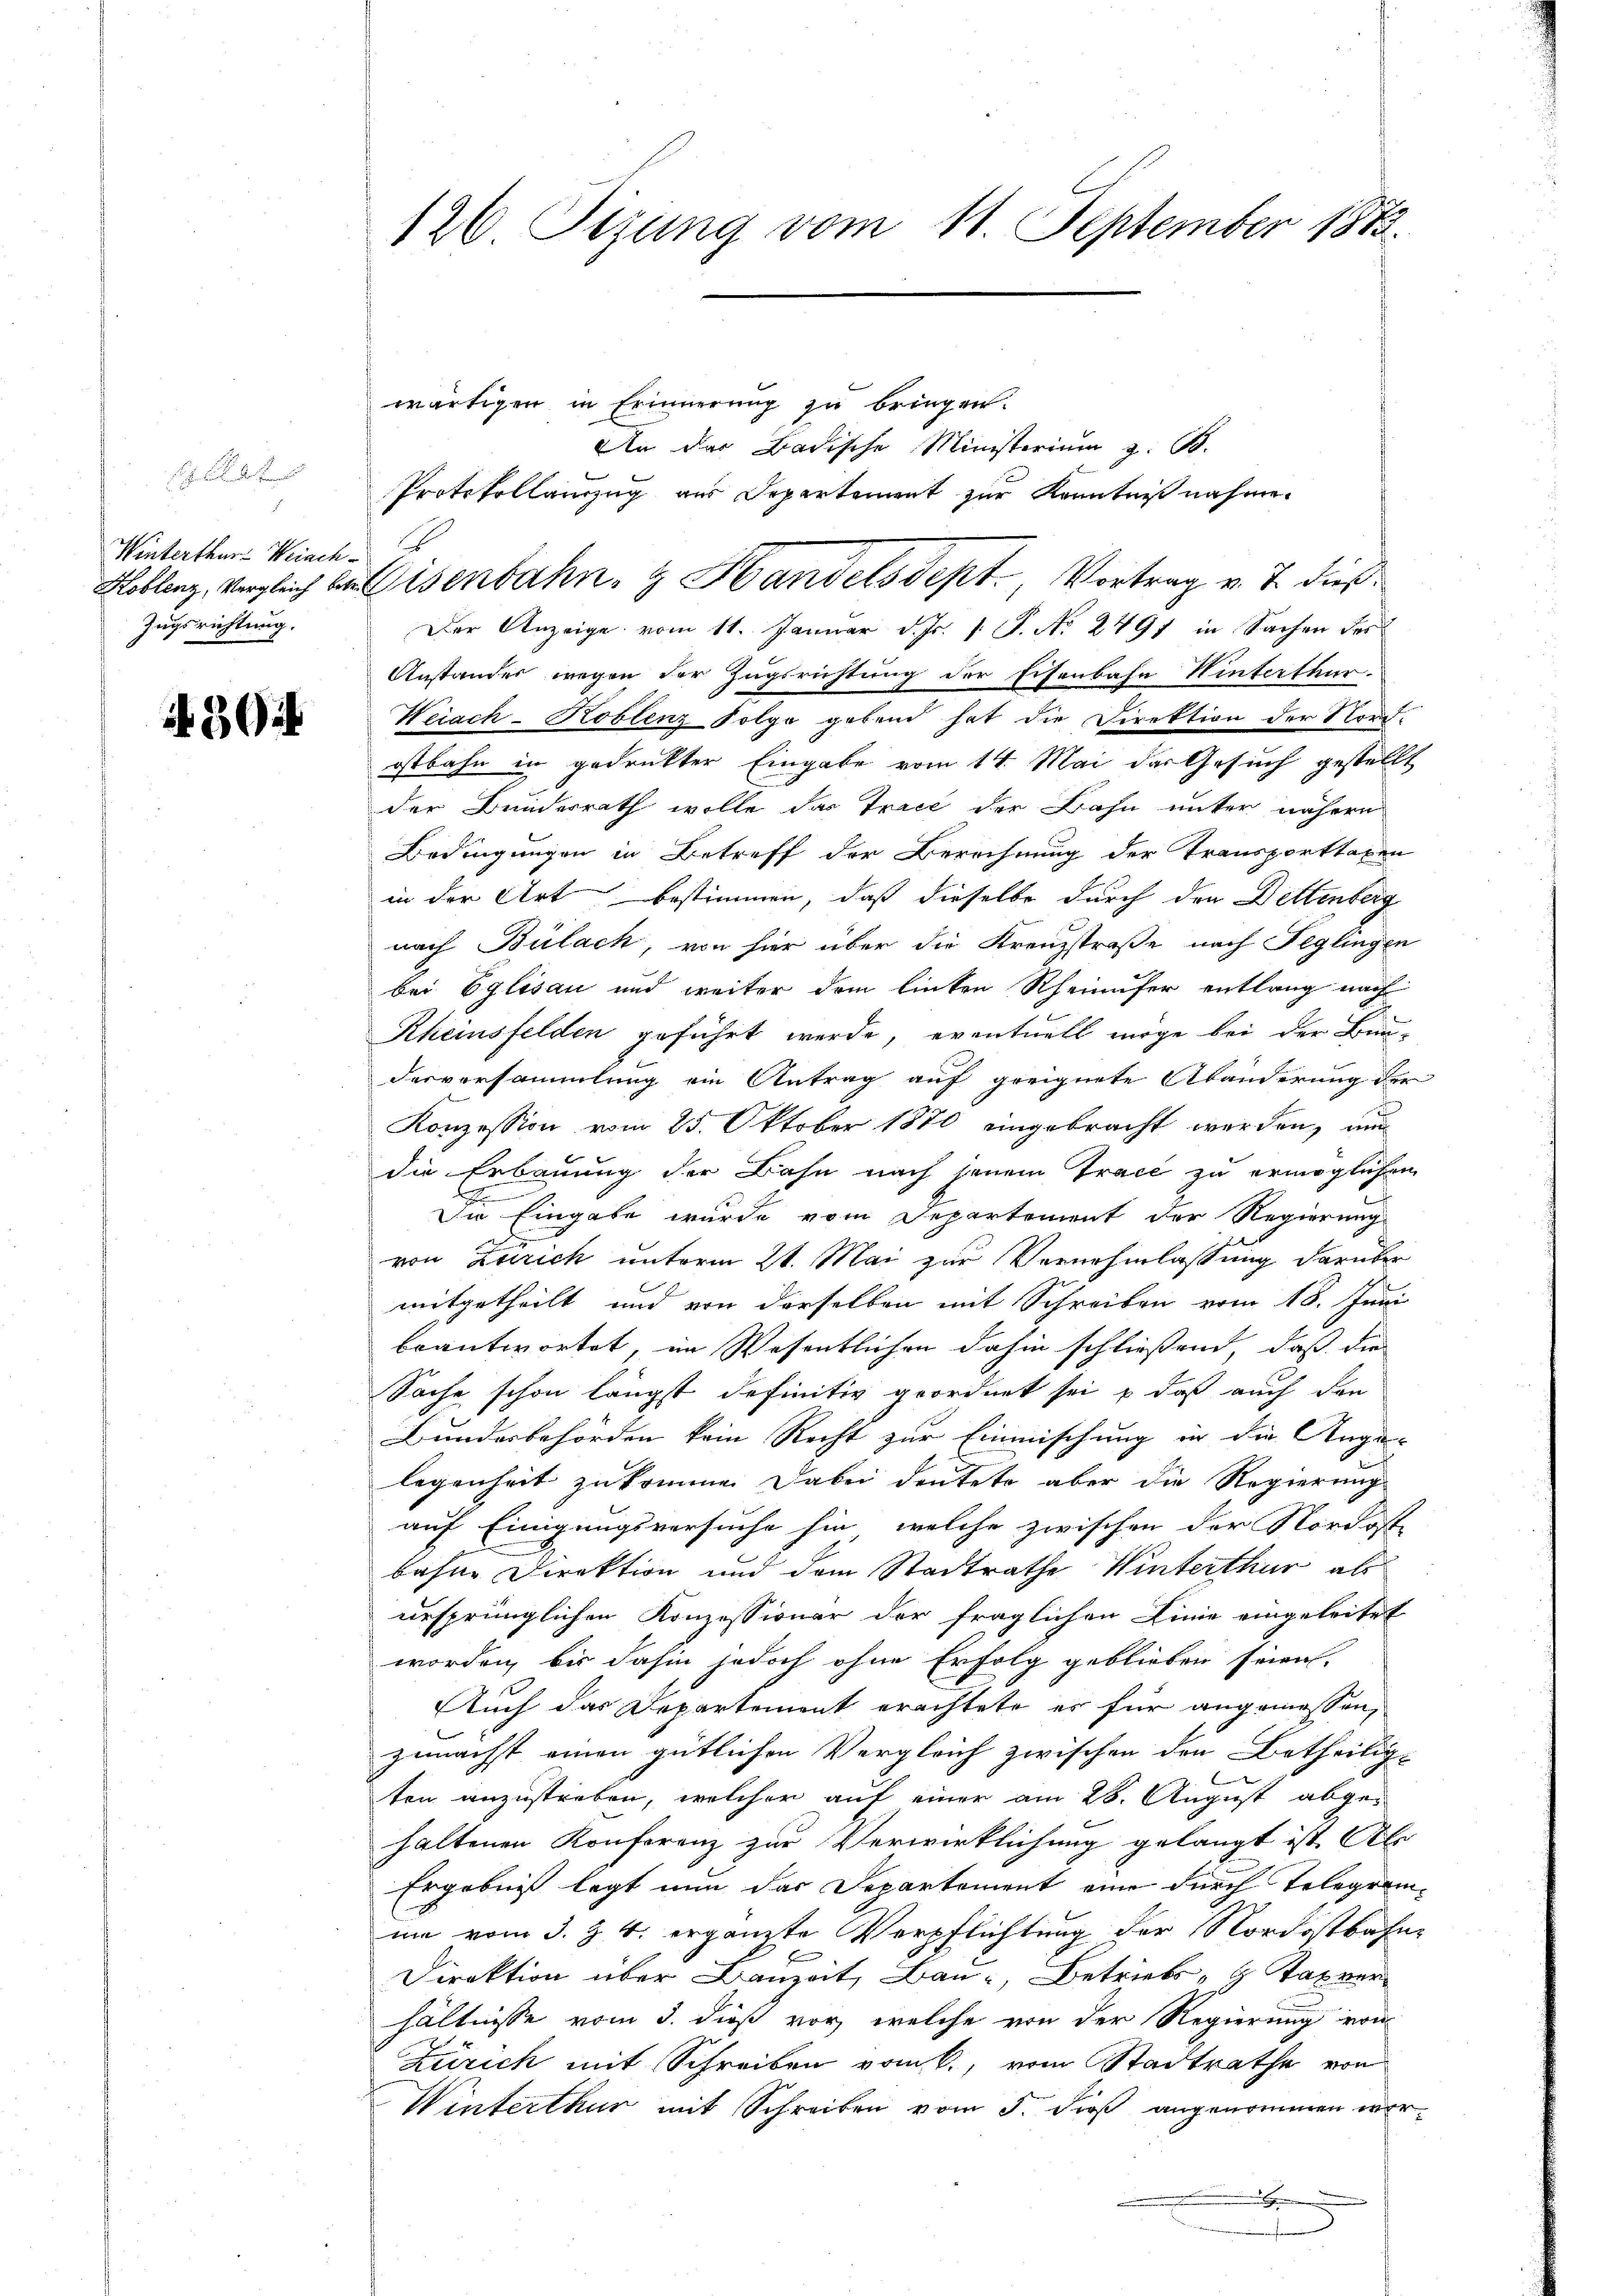
Winterthur-Weiach
Zugsrichtung

3

wärtigen in Erinnerung zu bringen.
An der Badische Ministerium z. B.
Protokollauszug aus Departement zur Kenntniß nahme.
Der Anzeige vom 11. Januar d. Js. 1. No. 2491 in Sachen des
Anstandes wegen der Zugsrichtung der Eisenbahn Winterthur.
Weiach-Koblenz Folge gebend hat die Direktion der Nordostbahn in gedruckter Eingabe vom 14. Mai der Gesuch gestellt
der Bundesrath wolle das Trace der Bahn unter nähere
Bedingungen in Betreff der Berechnung der Transporttaxen
in der Art bestimmen, daß dieselbe durch den Dettenberg
nach Bülach, von hier über die Kreuzstraße nach Feglingen
bei Eglisau und weiter dem linken Rheinufer entlang nach
Rheinsfelden geführt werde, eventuell möge bei der Bun-
desversammlung ein Antrag auf geeignete Abänderung der
Konzession vom 25. Oktober 1870 eingebracht werden, und
die Erbauung der Bahn nach jenem Tracé zu ermöglichen
Die Eingabe wurde vom Departement der Regierung
von Zürich unterm 21. Mai zur Vernehmlassung darüber
mitgetheilt und von derselben mit Schreiben vom 18. Juni
beantwortet, im Wesentlichen dahin schließend, daß die
Sache schon längst definitiv geordnet sei & daß auch den
Bundesbehörden kein Recht zur Einmischung in die Ange-
legenheit zukommen. Dabei deutete aber die Regierung
auf Einigungsversuche sie, welche zwischen der Nordost
bahne Direktion und dem Stadtrathe Winterthur als
ursprünglichen Konzessionär der fraglichen Linie eingeleitet
worden, bis dahin jedoch ohne Erfolg geblieben seien.
Auch das Departement erachtete es für angemessen,
zunächst einen gütlichen Vergleich zwischen den Betheilig-
ten anzustreben, welcher auf einer am 28. August abgehaltenen Konferenz zur Verwirklichung gelangt ist. Alo
Ergebniß legt nun das Departement eine durch Telegramum vom 3. Z. 4. ergänzte Verpflichtung der Nordostbahne
Direktion über Bauzeit, Bau-, Betriebs - Tax ver
hältnisse vom 3. dieß vor, welche von der Regierung von
Zürich mit Schreiben vom 6., vom Stadtrathe von
Winterthur mit Schreiben vom 5. dieß angenommen were
.

126 Sizung vom 11. September 1873.

Koblenz, vergleich bei Eisenbahn- & Handelsdept. Vortrag v. J. dieß¬